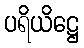
ပရိယိဋ္ဌေ